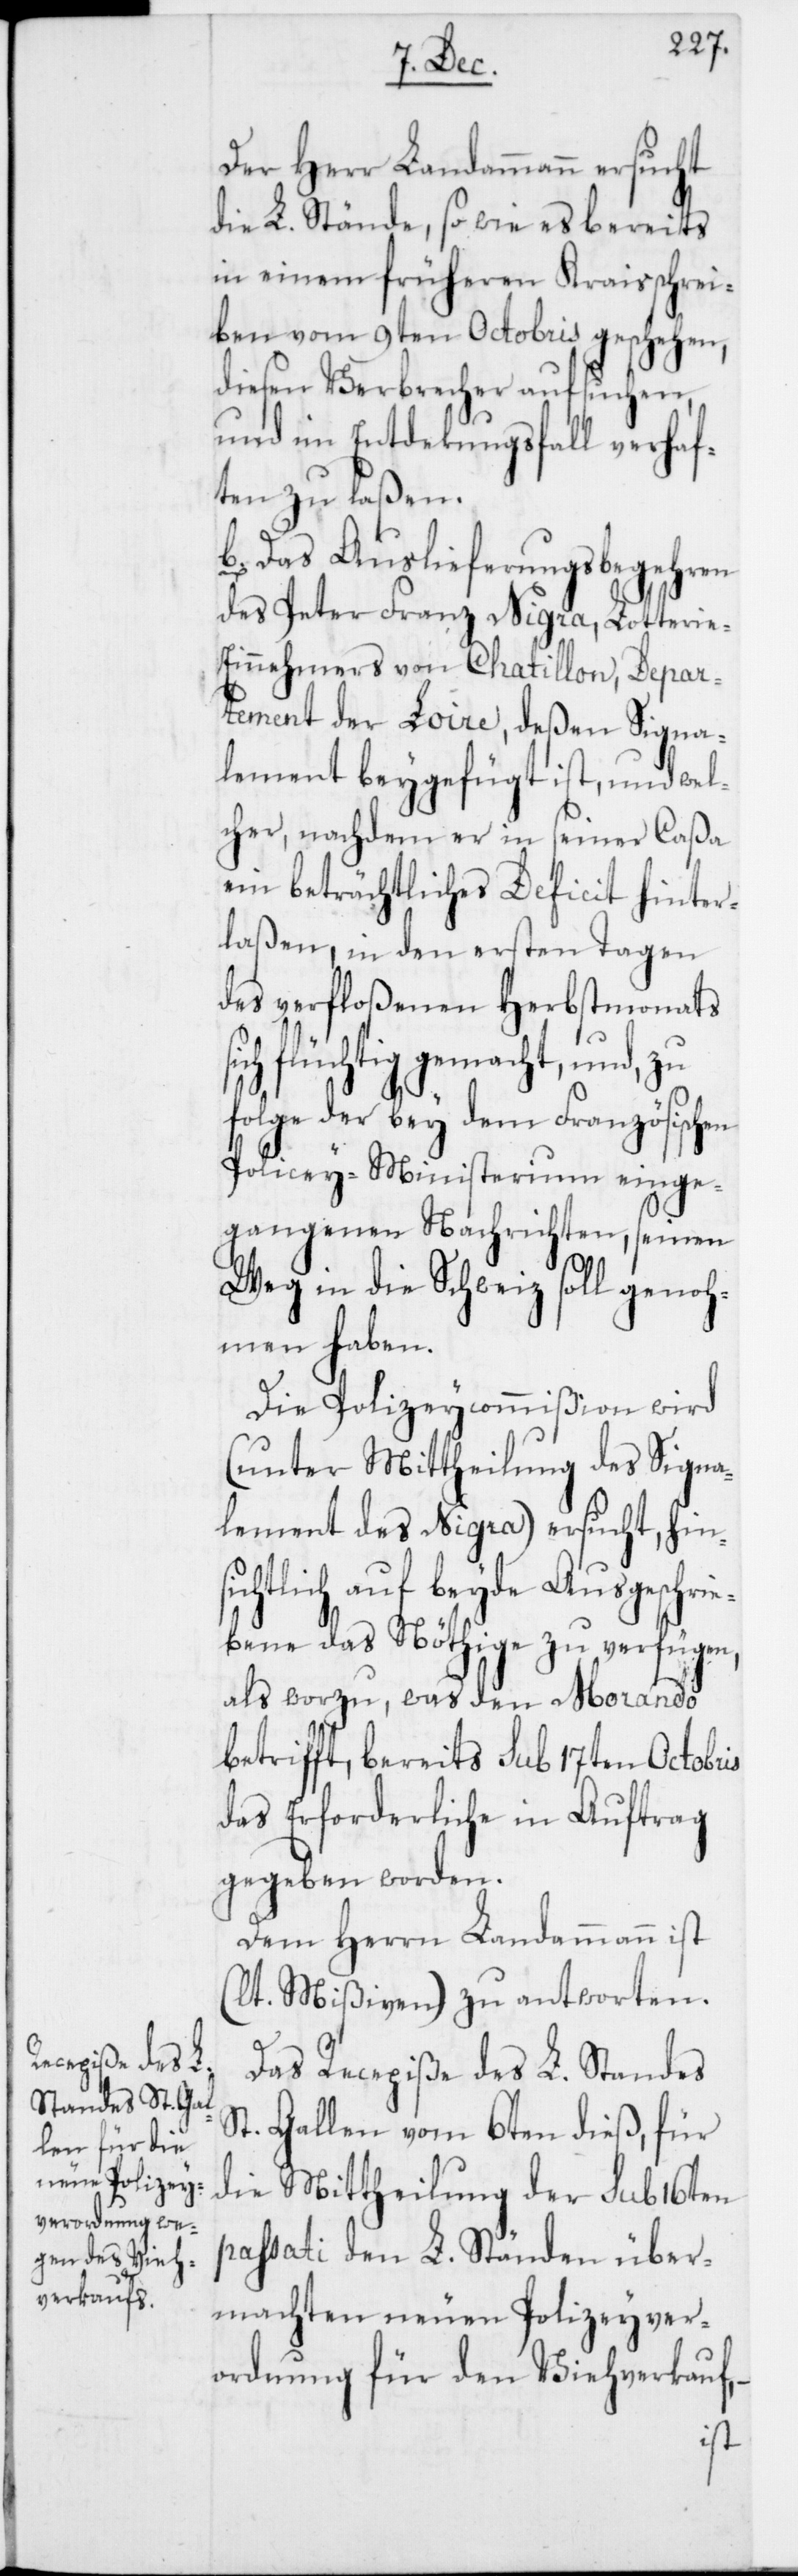
Der Herr Landammann ersucht
die L. Stände, so wie es bereits
in einem früheren Kraisschrei¬
ben vom 9ten Octobris geschehen,
diesen Verbrecher aufsuchen,
und im Entdekungsfall verhaf¬
ten zu laßen.
b. Das Auslieferungsbegehren
des Peter Franz Nigra, Lotterie-E¬
innehmers von Chatillon, Depar¬
tement der Loire, deßen Signa¬
lement beygefügt ist, und wel¬
cher, nachdem er in seiner Caßa
ein beträchtliches Deficit hinter¬
laßen, in den ersten Tagen
des verfloßenen Herbstmonats
flüchtig gemacht, und,
Folge der bey dem Französischen
Polizey-Ministerium einge¬
gangenen Nachrichten, seinen
Weg in die Schweiz soll genoh¬
men haben.
Die Polizeycommißion wird
(unter Mittheilung des Signa¬
lement des Nigra) ersucht, hins¬
ichtlich auf beyde Ausgeschri¬
ebene das Nöthige zu verfügen,
als worzu, was den Morando
betrifft, bereits sub 17ten Octobris
das Erforderliche in Auftrag
gegeben worden.
Dem Herrn Landammann ist
(lt. Mißiven) zu antworten.
Das Recepiße des L. Standes
St. Gallen vom 6ten dieß, für
die Mittheilung der sub 16ten
passati den L. Ständen über¬
machten neuen Polizeyver¬
ordnung für den Viehverkauf,